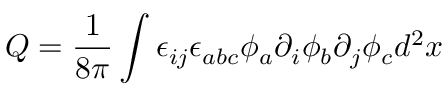
Q = \frac { 1 } { 8 \pi } \int \epsilon _ { i j } \epsilon _ { a b c } \phi _ { a } \partial _ { i } \phi _ { b } \partial _ { j } \phi _ { c } d ^ { 2 } x